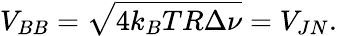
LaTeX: V_{BB}=\sqrt{4k_{B}TR\Delta\nu}=V_{JN}.